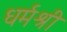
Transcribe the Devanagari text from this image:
धर्मश्री